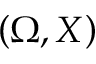
\left( \Omega , X \right)